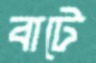
বাটে